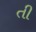
તી